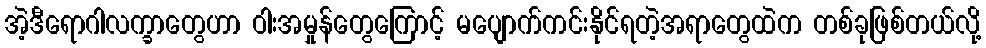
အဲ့ဒီရောဂါလက္ခာတွေဟာ ဝါးအမှုန်တွေကြောင့် မပျောက်ကင်းနိုင်ရတဲ့အရာတွေထဲက တစ်ခုဖြစ်တယ်လို့